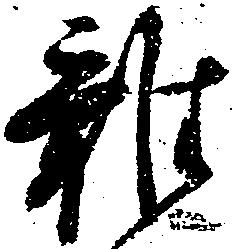
雑